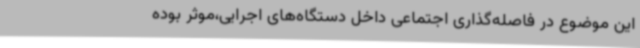
این موضوع در فاصله‌گذاری اجتماعی داخل دستگاه‌های اجرایی،موثر بوده